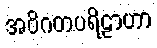
အဝိဂတပရိဠာဟာ